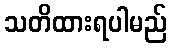
သတိထားရပါမည်